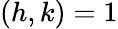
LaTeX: (h,k)=1